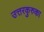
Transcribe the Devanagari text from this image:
उत्तरकुरुका